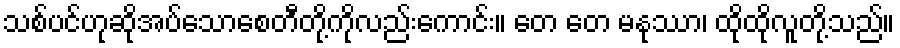
သစ်ပင်ဟုဆိုအပ်သောစေတီတို့ကိုလည်းကောင်း။ တေ တေ မနုဿာ၊ ထိုထိုလူတို့သည်။